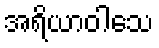
အရိယာဝါသေ